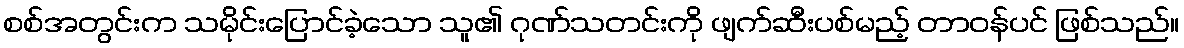
စစ်အတွင်းက သမိုင်းပြောင်ခဲ့သော သူ၏ ဂုဏ်သတင်းကို ဖျက်ဆီးပစ်မည့် တာဝန်ပင် ဖြစ်သည်။